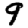
Digit: 9